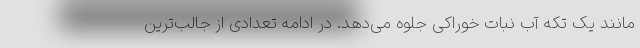
مانند یک تکه آب نبات خوراکی جلوه می‌دهد. در ادامه تعدادی از جالب‌ترین